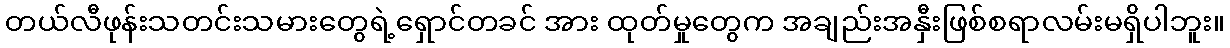
တယ်လီဖုန်းသတင်းသမားတွေရဲ့ရှောင်တခင် အား ထုတ်မှုတွေက အချည်းအနှီးဖြစ်စရာလမ်းမရှိပါဘူး။